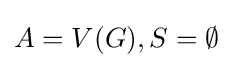
A=V(G),S=\emptyset